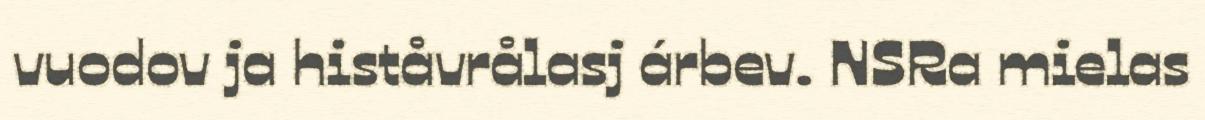
vuodov ja histåvrålasj árbev. NSRa mielas